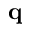
\mathbf { q }